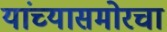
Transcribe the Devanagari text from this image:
यांच्यासमोरचा